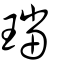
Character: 璫